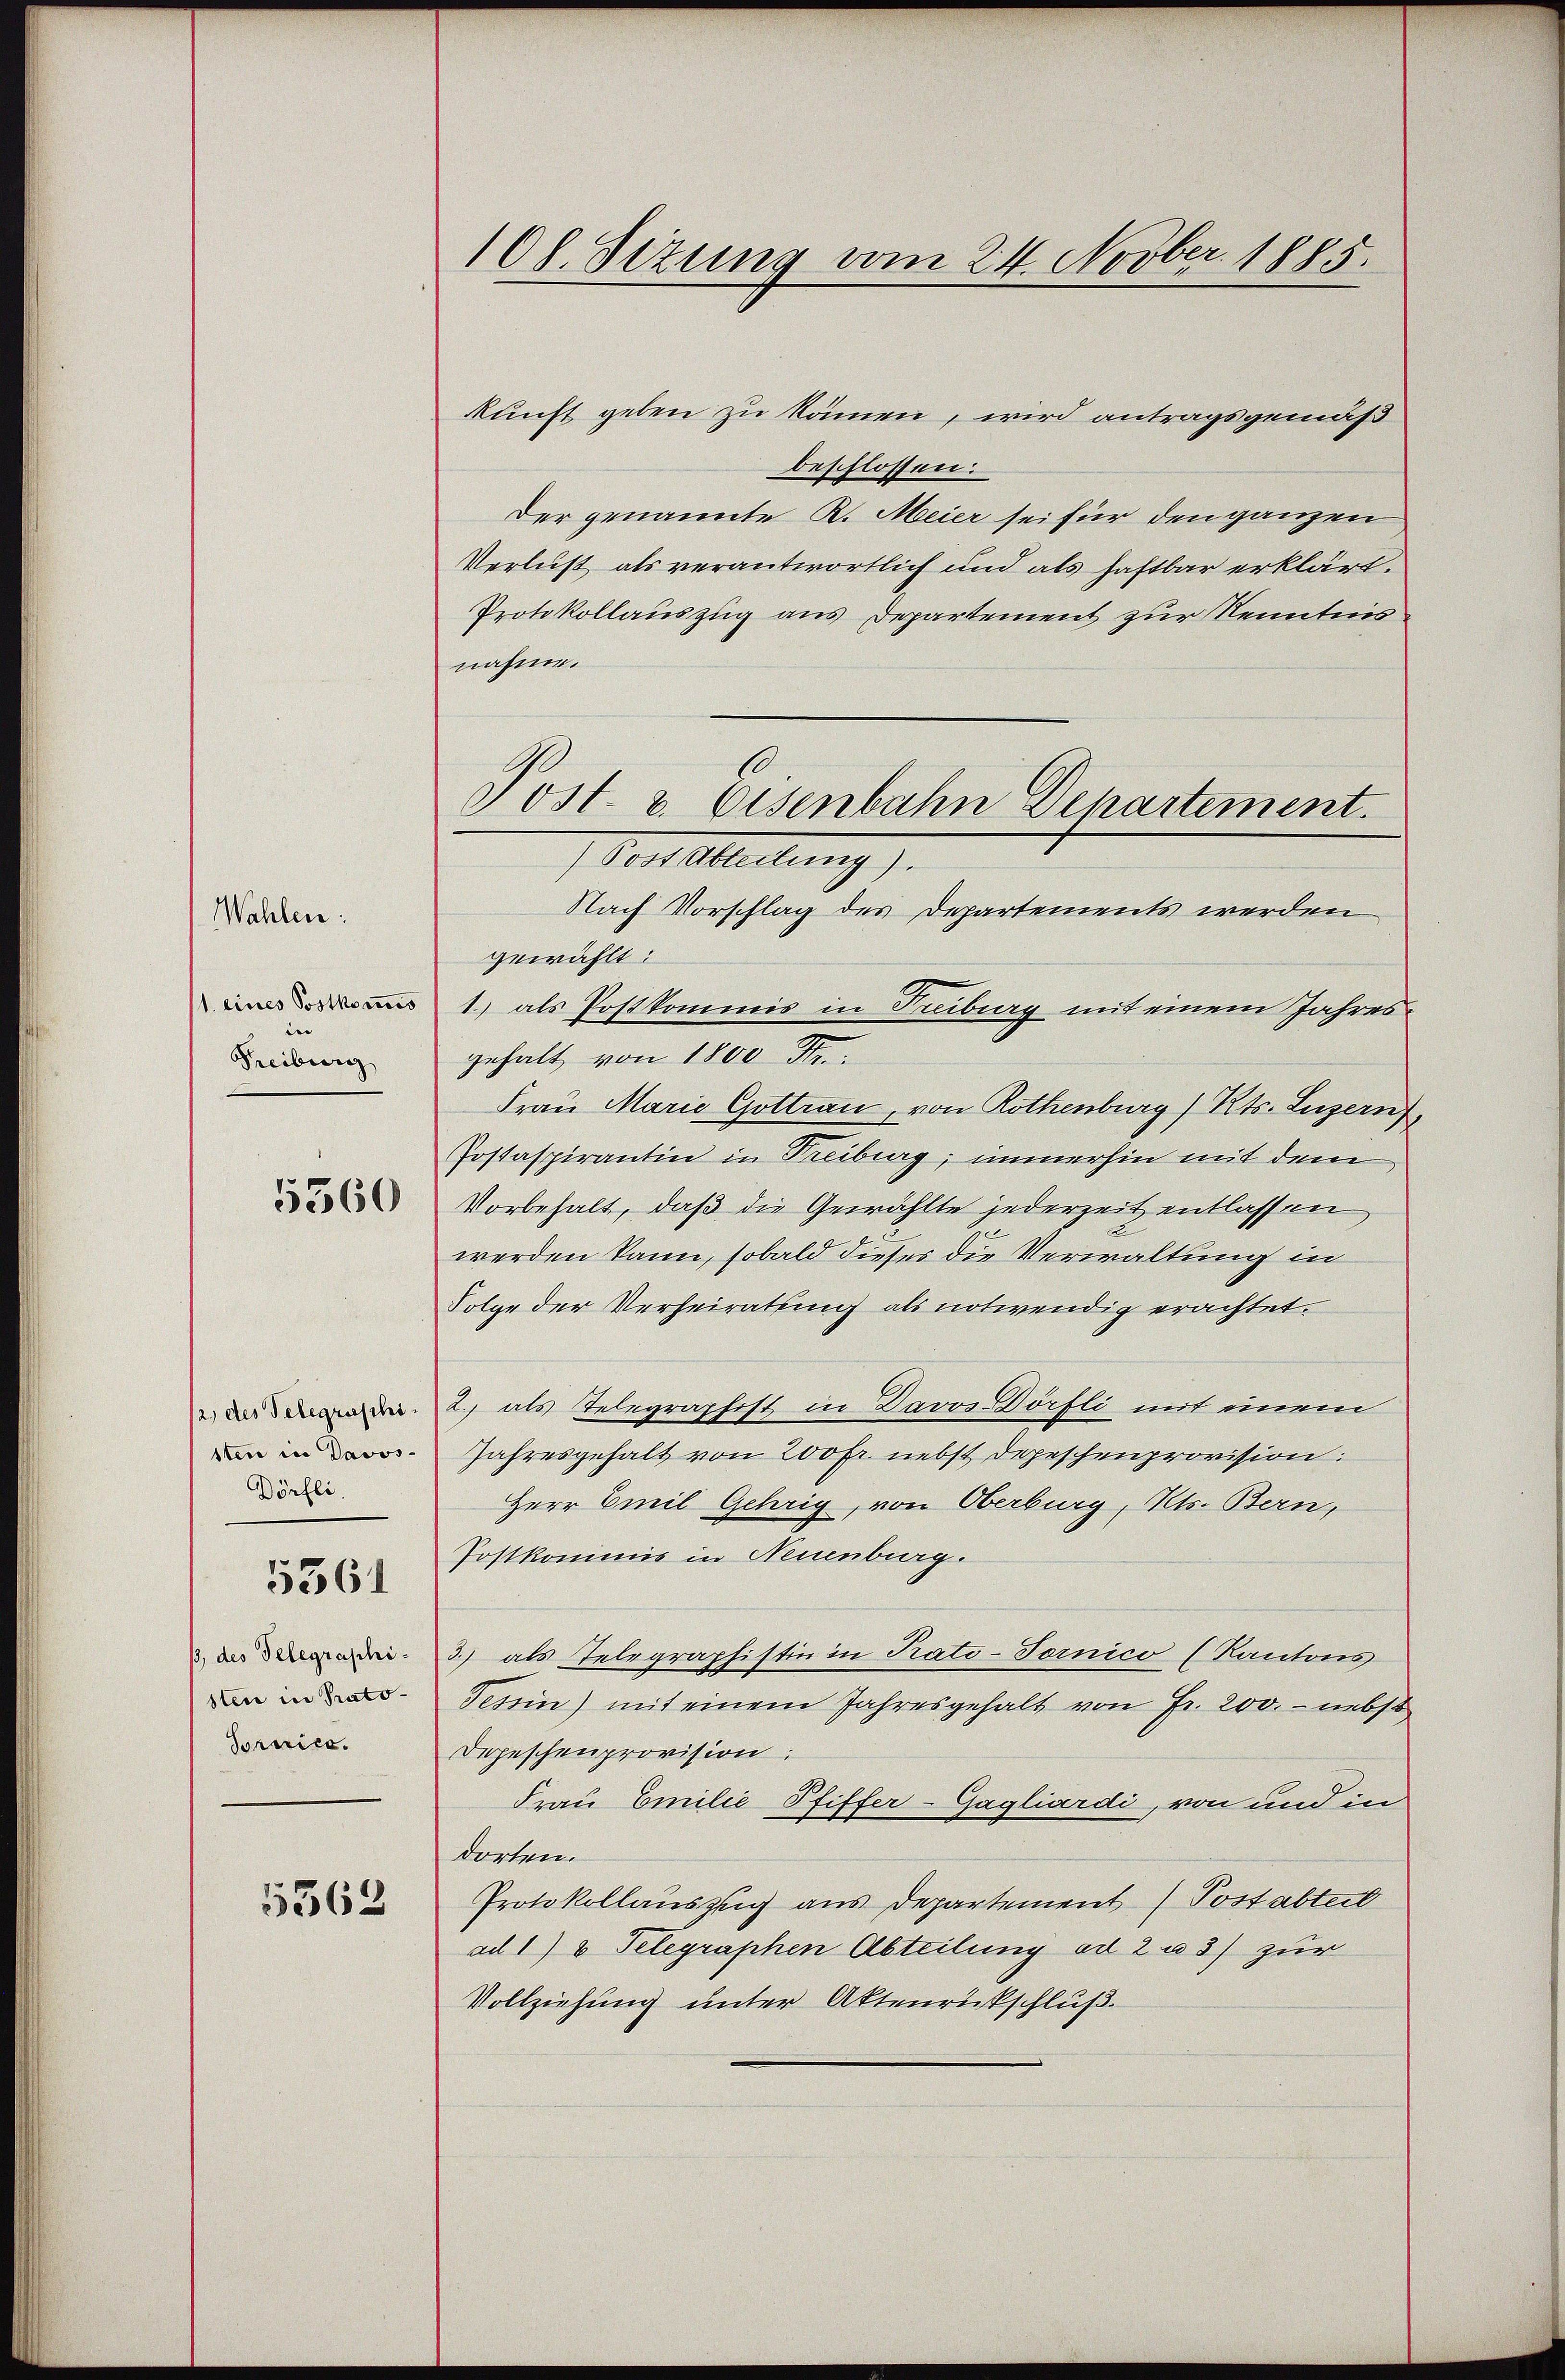
1. eines Postkomis
Freiburg

Wahlen:

5360

2.) des Telegraschisten in Davos.
Dörfli.

5361

des Telegraphi-
sten in Prato¬
Tornica.

5562

108. Sizung vom 24. Novber 1885.

kunft geben zu können, wird antragsgemäß
beschlossen:
Der genannte R. Meier sei für den ganzen
Verlust als verantwortlich und als haftbar erklärt.
Protokollauszug aus Departement zur Kenntnis
nahme.
Post Abteilung).
Nach Vorschlag des Departements werden
gewählt:
1) als Postkommis in Treiburg mit einem Jahresgehalt von 1800 Fr.
Frau Marie Gottrau, von Rothenburg) Kts. Luzern),
Postaspirantin in Treiburg, immerhin mit dem
Vorbehalt, daß die Gewählte jederzeit entlassen
werden kann, sobald dieses die Verwaltung in
Folge der Verheiratung als notwendig erachtet.
2., als Telegraphist in Davos-Dörfli mit einem
Jahresgehalt von 200fr. nebst Depeschenprovision:
Herr Emil Gehrig, von Oberburg, Kts. Bern,
Postkommis in Neuenburg.
3.) als Telegraphistin in Prato-Tornico (Kantons
Tessin) mit einem Jahresgehalt von Fr. 200. - nebst
Depeschenprovision:
Frau Emilie Pfiffer-Gagliardi, von und in
dorten.
Protokollauszug aus Departement (Post abter
ad 1) 3 Telegraphen Abteilung ad 2 u 3) zur
Vollziehung unter Aktenrückschluß.

Post. v. Eisenbahn Departement.